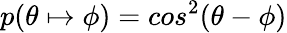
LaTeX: p(\theta\mapsto\phi)=cos^{2}{(\theta-\phi)}